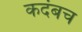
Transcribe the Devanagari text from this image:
कदंबच